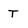
Character: T